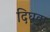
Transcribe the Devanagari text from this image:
दिघवा